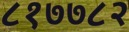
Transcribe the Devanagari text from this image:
८१७७८२